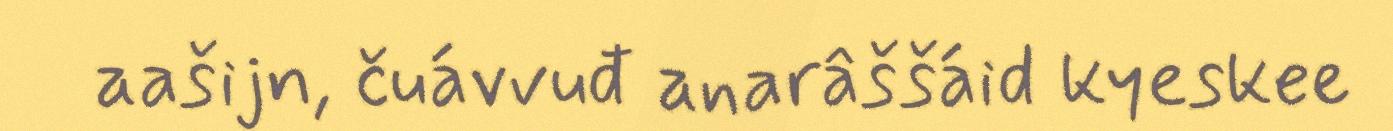
aašijn, čuávvuđ anarâššáid kyeskee